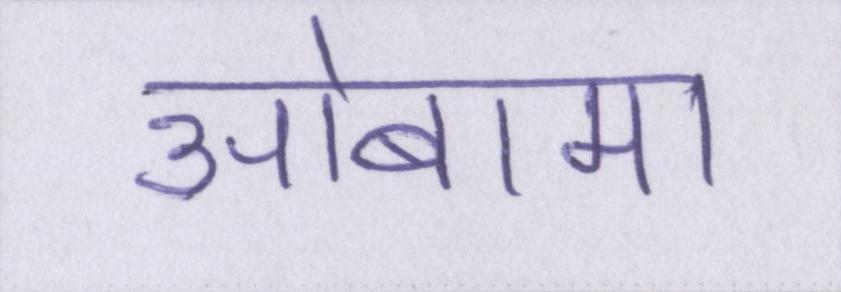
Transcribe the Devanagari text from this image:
ओबामा